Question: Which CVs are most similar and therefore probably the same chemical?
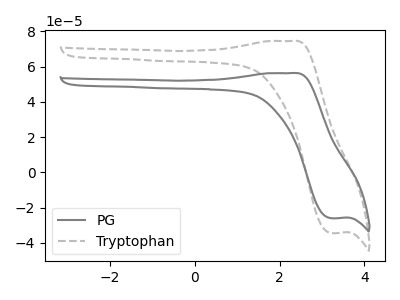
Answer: <think>The gray curve "PG" has an anodic peak at (2.25V, 56.30uA) and a cathodic peak at (3.20V, -26.05uA). The gray dashed curve "Tryptophan" has an anodic peak at (2.25V, 74.55uA) and a cathodic peak at (3.20V, -34.50uA).
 All the peaks in "PG" have a peak in "Tryptophan" at the same potential. Every peak in "PG" is lower than every peak in "Tryptophan".</think>
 <answer>"PG" and "Tryptophan" have the same shape and are likely CV's of the same chemical.</answer>
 <eval>"PG" "Tryptophan"</eval>